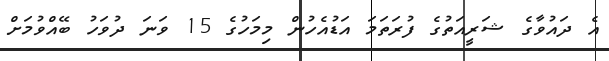
އެ ދައުވާގެ ޝަރީއަތުގެ ފުރަތަމަ އަޑުއެހުން މިމަހުގެ 15 ވަނަ ދުވަހު ބޭއްވުމަށް